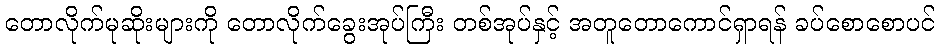
တောလိုက်မုဆိုးများကို တောလိုက်ခွေးအုပ်ကြီး တစ်အုပ်နှင့် အတူတောကောင်ရှာရန် ခပ်စောစောပင်